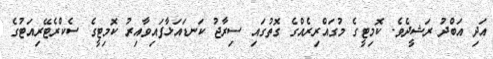
އަދި އަބްދު ރަޝީދެވެ. ކޮމިޓީގެ މުގައްރިރެއްގެ ގޮތުގައި ސިރާޖު ކަނޑައަޅާފައިވާއިރު ކޮމިޓީގެ ސެކްރެޓޭރިއަޓުގެ